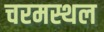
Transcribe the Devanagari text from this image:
चरमस्थल